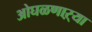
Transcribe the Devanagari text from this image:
ओघळणाऱ्या